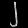
Digit: ၂